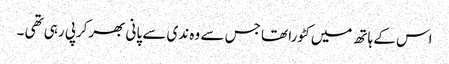
اس کے ہاتھ میں کٹورا تھا جس سے وہ ندی سے پانی بھرکرپی رہی تھی ۔